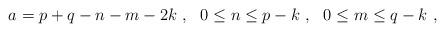
LaTeX: \begin{align*} a = p+q-n-m-2k\ , \ \ 0 \le n \le p-k\ , \ \ 0 \le m \le q-k\ , \end{align*}